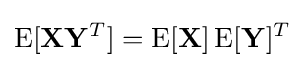
\operatorname {E} [\mathbf {X} \mathbf {Y} ^{T}]=\operatorname {E} [\mathbf {X} ]\operatorname {E} [\mathbf {Y} ]^{T}